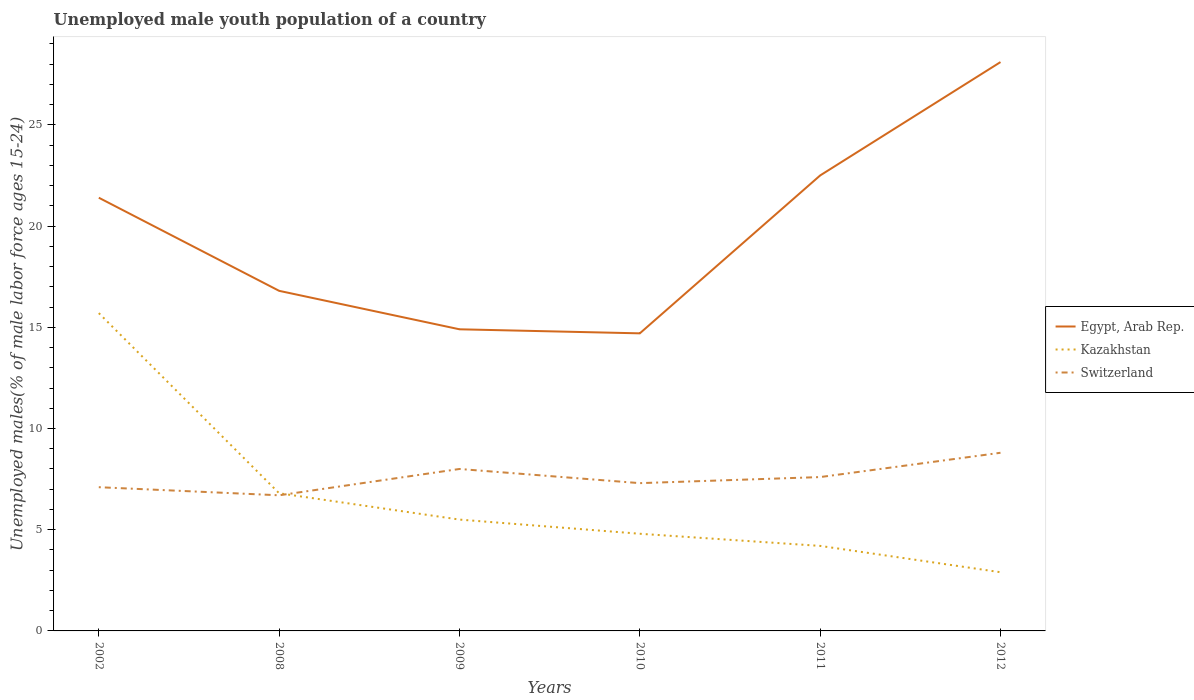
| Years | Egypt, Arab Rep. | Kazakhstan | Switzerland |
 | --- | --- | --- | --- |
 | 2002 | 21.4 | 15.7 | 7.1 |
 | 2008 | 16.8 | 6.8 | 6.7 |
 | 2009 | 14.9 | 5.5 | 8 |
 | 2010 | 14.7 | 4.8 | 7.3 |
 | 2011 | 22.5 | 4.2 | 7.6 |
 | 2012 | 28.1 | 2.9 | 8.8 |